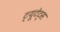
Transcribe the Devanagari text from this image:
ट्यूटेट्स